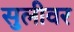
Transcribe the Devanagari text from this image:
सुलीवर